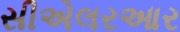
સીએલરઆર